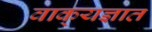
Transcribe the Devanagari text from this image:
वाक्‌यज्ञात